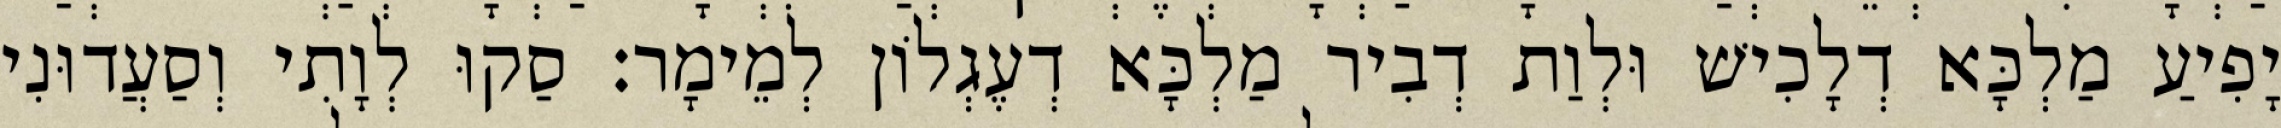
יָפִיעַ מַלְכָּא דְלָכִישׁ וּלְוַת דְבִיר מַלְכָּא דְעֶגְלוֹן לְמֵימָר׃ סַקוּ לְוָתִי וְסַעֲדוּנִי